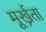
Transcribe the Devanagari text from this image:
मूर्ख्रता